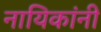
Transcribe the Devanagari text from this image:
नायिकांनी